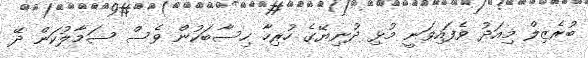
ބުރެޒިލް މިއަދު ވެފައިވަނީ މުޅި ދުނިޔޭގެ ހުރިހާ ހިސާބަކުން ވެސް ސަމާލުކަން ދޭ